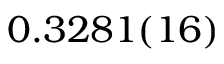
0 . 3 2 8 1 ( 1 6 )